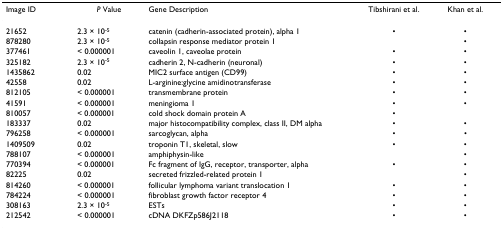
<table><thead><tr><td><b>Image ID</b></td><td><b><i>P </i>Value</b></td><td><b>Gene Description</b></td><td><b>Tibshirani et al.</b></td><td><b>Khan et al.</b></td></tr></thead><tbody><tr><td>21652</td><td>2.3 × 10<sup>-5</sup></td><td>catenin (cadherin-associated protein), alpha 1</td><td>•</td><td>•</td></tr><tr><td>878280</td><td>2.3 × 10<sup>-5</sup></td><td>collapsin response mediator protein 1</td><td></td><td>•</td></tr><tr><td>377461</td><td>&lt; 0.000001</td><td>caveolin 1, caveolae protein</td><td>•</td><td>•</td></tr><tr><td>325182</td><td>2.3 × 10<sup>-5</sup></td><td>cadherin 2, N-cadherin (neuronal)</td><td>•</td><td>•</td></tr><tr><td>1435862</td><td>0.02</td><td>MIC2 surface antigen (CD99)</td><td>•</td><td>•</td></tr><tr><td>42558</td><td>0.02</td><td>L-arginine:glycine amidinotransferase</td><td>•</td><td>•</td></tr><tr><td>812105</td><td>&lt; 0.000001</td><td>transmembrane protein</td><td>•</td><td>•</td></tr><tr><td>41591</td><td>&lt; 0.000001</td><td>meningioma 1</td><td>•</td><td>•</td></tr><tr><td>810057</td><td>&lt; 0.000001</td><td>cold shock domain protein A</td><td>•</td><td></td></tr><tr><td>183337</td><td>0.02</td><td>major histocompatibility complex, class II, DM alpha</td><td>•</td><td>•</td></tr><tr><td>796258</td><td>&lt; 0.000001</td><td>sarcoglycan, alpha</td><td>•</td><td>•</td></tr><tr><td>1409509</td><td>0.02</td><td>troponin T1, skeletal, slow</td><td>•</td><td>•</td></tr><tr><td>788107</td><td>&lt; 0.000001</td><td>amphiphysin-like</td><td></td><td>•</td></tr><tr><td>770394</td><td>&lt; 0.000001</td><td>Fc fragment of IgG, receptor, transporter, alpha</td><td>•</td><td>•</td></tr><tr><td>82225</td><td>0.02</td><td>secreted frizzled-related protein 1</td><td></td><td>•</td></tr><tr><td>814260</td><td>&lt; 0.000001</td><td>follicular lymphoma variant translocation 1</td><td>•</td><td>•</td></tr><tr><td>784224</td><td>&lt; 0.000001</td><td>fibroblast growth factor receptor 4</td><td>•</td><td>•</td></tr><tr><td>308163</td><td>2.3 × 10<sup>-5</sup></td><td>ESTs</td><td>•</td><td>•</td></tr><tr><td>212542</td><td>&lt; 0.000001</td><td>cDNA DKFZp586J2118</td><td>•</td><td>•</td></tr></tbody></table>